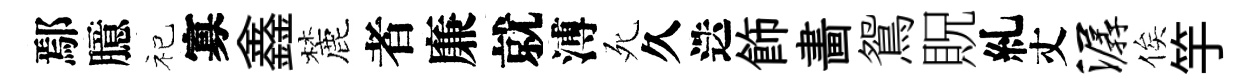
鄢臆祀寡鑫麓者廉就溥死久迭飾畵鴛貺糺丈潺俟竽